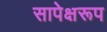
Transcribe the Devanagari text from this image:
सापेक्षरूप